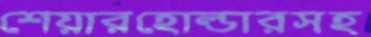
শেয়ারহোল্ডারসহ